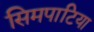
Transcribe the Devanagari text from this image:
सिमपाटिया